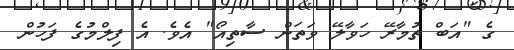
ގެ "އަބް ތުމާރޭ ހަވާލޭ ވަތަން ސާތިއޯ" އެވެ. އެ ފިލްމުގެ ފަހުން